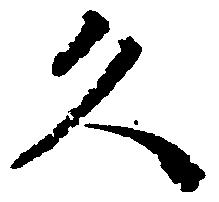
久